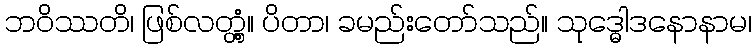
ဘဝိဿတိ၊ ဖြစ်လတ္တံ့။ ပိတာ၊ ခမည်းတော်သည်။ သုဒ္ဓေါဒနောနာမ၊